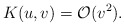
\begin{align*} K(u,v)=\mathcal{O}(v^2).\end{align*}